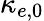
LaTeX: \kappa_{e,\mathrm{0}}